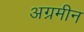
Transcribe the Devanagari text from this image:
अग्रमीन